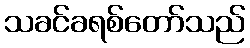
သခင်ခရစ်တော်သည်